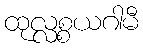
ထုလ္လစ္စယဂါမီ